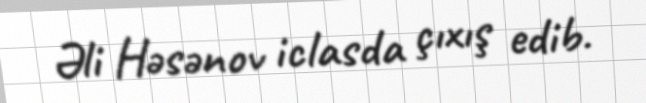
Əli Həsənov iclasda çıxış edib.